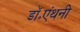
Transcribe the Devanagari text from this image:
डॉ॰एंथनी